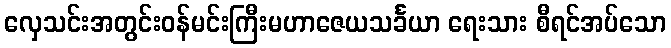
လှေသင်းအတွင်းဝန်မင်းကြီးမဟာဇေယသင်္ခယာ ရေးသား စီရင်အပ်သော